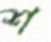
শ